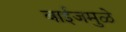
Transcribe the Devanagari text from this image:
बाईजमुळे